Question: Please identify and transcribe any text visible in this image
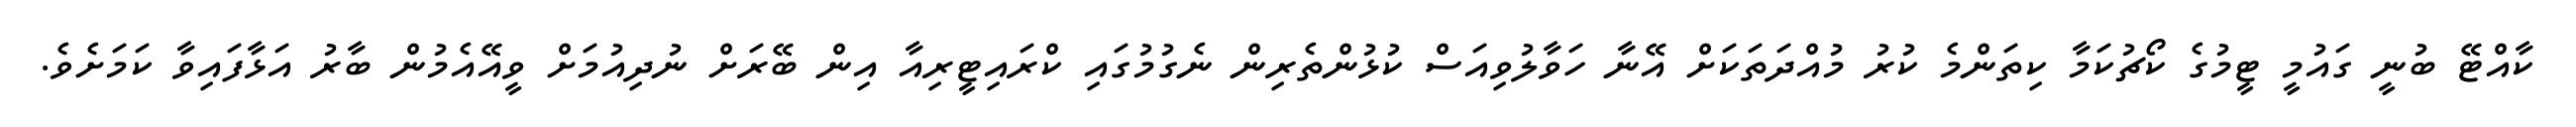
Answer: ކާއްޓޭ ބުނީ ގައުމީ ޓީމުގެ ކޯޗުކަމާ ކިތަންމެ ކުރު މުއްދަތަކަށް އޭނާ ހަވާލުވިއަސް ކުޅުންތެރިން ނެގުމުގައި ކްރައިޓީރިއާ އިން ބޭރަށް ނުދިއުމަށް ވީއޭއެމުން ބާރު އަޅާފައިވާ ކަމަށެވެ.